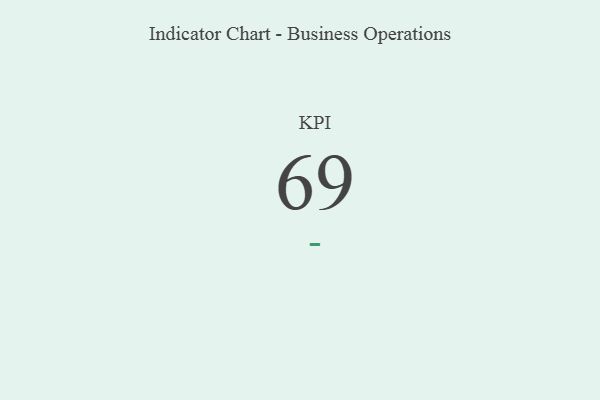
{"axis": {"x": "KPI", "y": "Value"}, "legend": [""], "data": [{"x": "KPI", "y": 69, "type": ""}]}